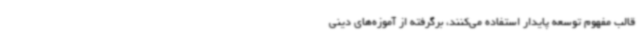
قالب مفهوم توسعه پایدار استفاده می‌کنند، برگرفته از آموزه‌های دینی